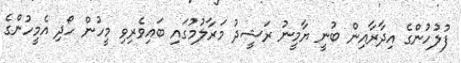
ފުލުހުންގެ އިދާރާއިން ބުނީ ޔާމީނު ރަޝީދު މަރާލުމުގައި ބައިވެރިވި މީހުން ހޯދި އެމީހުންގެ